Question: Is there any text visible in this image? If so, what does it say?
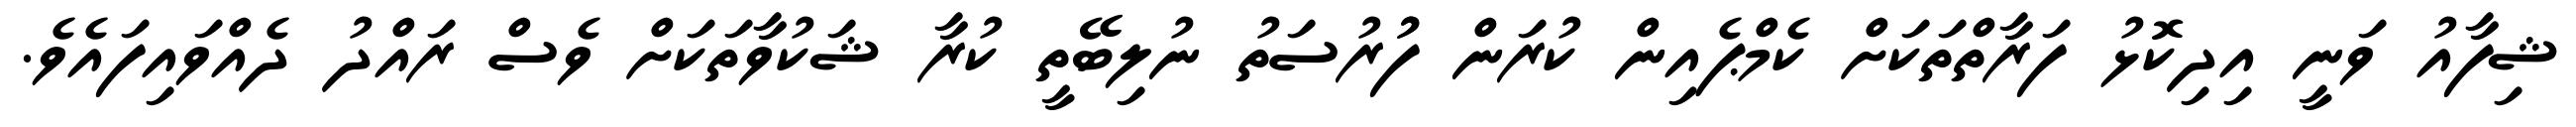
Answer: ޝިފާއު ވަނީ އިދިކޮޅު ފަރާތްތަކަށް ކެމްޕެއިން ކުރަން ފުުރުސަތު ނުލިބޭތީ ކުރާ ޝަކުވާތަކަށް ވެސް ރައްދު ދެއްވައިފައެވެ.